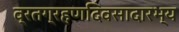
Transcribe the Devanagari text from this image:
व्रतग्रहणदिवसादारभ्य